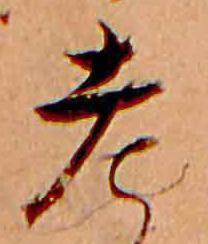
老